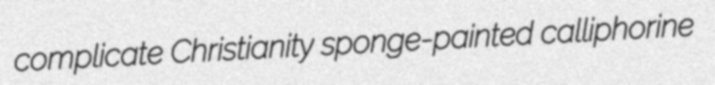
complicate Christianity sponge-painted calliphorine